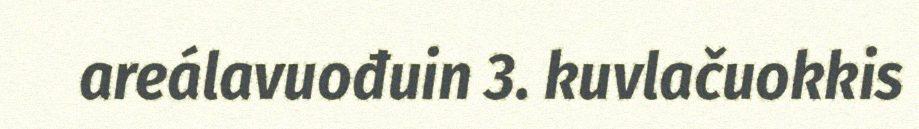
areálavuođuin 3. kuvlačuokkis